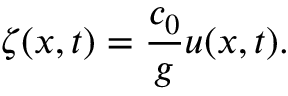
\zeta ( x , t ) = \frac { c _ { 0 } } { g } u ( x , t ) .